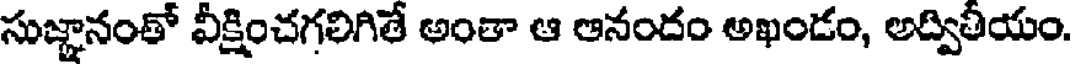
సుజ్ఞానంతో వీక్షించగలిగితే అంతా ఆ ఆనందం అఖండం, అద్వితీయం